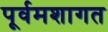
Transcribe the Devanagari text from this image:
पूर्वमशागत